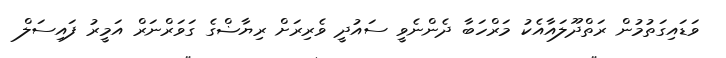
ވަޑައިގަތުމުން ރަތްދޫލައާއެކު މަރްހަބާ ދެންނެވީ ސައުދީ ވެރިރަށް ރިޔާޟްގެ ގަވަރްނަރް އަމީރު ފައިސަލް